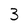
Character: 3